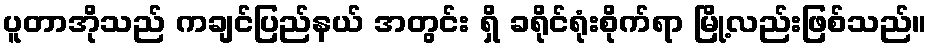
ပူတာအိုသည် ကချင်ပြည်နယ် အတွင်း ရှိ ခရိုင်ရုံးစိုက်ရာ မြို့လည်းဖြစ်သည်။